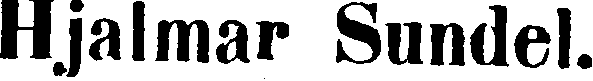
Hjalmar Sundel.